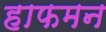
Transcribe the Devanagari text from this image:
हाफमन